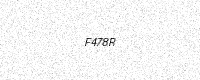
Text: F478R